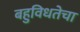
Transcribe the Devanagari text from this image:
बहुविधतेचा